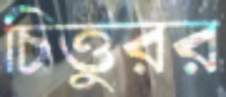
চিত্তুরর